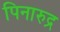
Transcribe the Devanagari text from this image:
पिनारुद्र